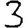
Digit: 3